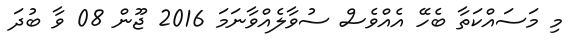
މި މަސައްކަތާ ބެހޭ އެއްވެސް ސުވާލެއްވާނަމަ 2016 ޖޫން 08 ވާ ބުދަ